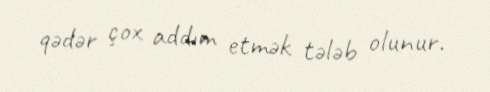
qədər çox addım etmək tələb olunur.